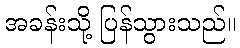
အခန်းသို့ ပြန်သွားသည်။